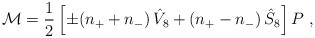
\begin{align*}{\cal M} = \frac{1}{2} \left[ \pm (n_+ + n_- )\, \hat V_8 + (n_+ -n_-) \, \hat S_8 \right] P \ ,\end{align*}